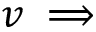
v \implies